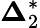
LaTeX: {\boldsymbol{\Delta}}_{2}^{*}